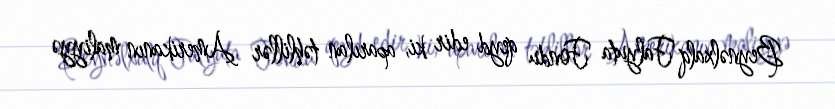
Beynəlxalq Falyuta Fondu qeyd edir ki, aparılan təhlillər Amerikanın maliyyə